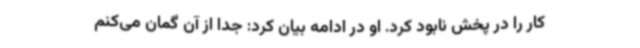
کار را در پخش نابود کرد. او در ادامه بیان کرد: جدا از آن گمان می‌کنم